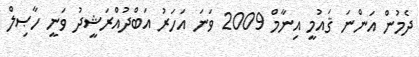
ދެމުން އަންނަ ޤައުމީ އިނާމް 2009 ވަނަ އަހަރު އަބްދުއްރަޝީދު ވަނީ ހާޞިލް